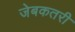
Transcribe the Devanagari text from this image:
जेबकतरी